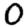
Digit: 0